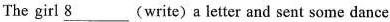
The girl 8 (write)a letter and sent some dance